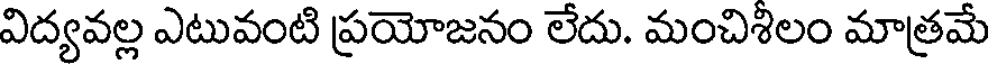
విద్యవల్ల ఎటువంటి ప్రయోజనం లేదు. మంచిశిలం మాత్రమే